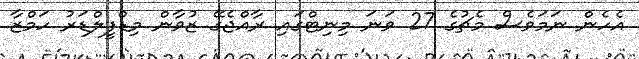
އެހެން ނަމަވެސް މެޗުގެ 27 ވަނަ މިނިޓްގައި ރާއްޖެގޭ ޒުވާން މިޑްފީލްޑަރު ހަމްޒާ